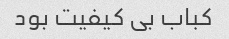
کباب بی کیفیت بود